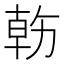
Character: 𠢇